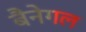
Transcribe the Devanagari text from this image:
बैनेगल